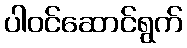
ပါဝင်ဆောင်ရွက်